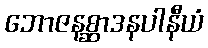
ဘောဇနစ္ဆာဒနပါနီယံ